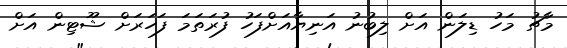
މާޗު މަހު ޑިލަން އަށް ލިބުނު އަނިޔާއަށްފަހު ފުރަތަމަ ފަހަރަށް ޝޫޓިން އަށް